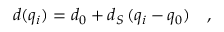
d ( q _ { i } ) = d _ { 0 } + d _ { S } \, ( q _ { i } - q _ { 0 } ) \quad ,